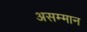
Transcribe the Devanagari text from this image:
असम्मान